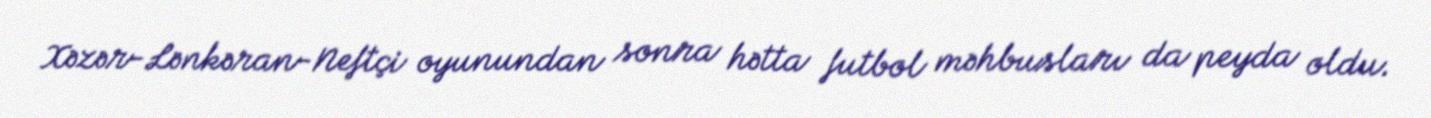
Xəzər-Lənkəran-Neftçi oyunundan sonra hətta futbol məhbusları da peyda oldu.